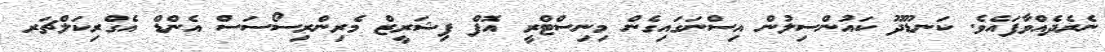
ނެރެދެއްވާފައެވެ. ކަނޑޫދޫ ކައުންސިލުން އިސްނަގައިގެން މިނިސްޓްރީ އޮފް ފިޝަރީޒް މެރިންރިސޯސަސް އެންޑް އެގްރިކަލްޗަރ